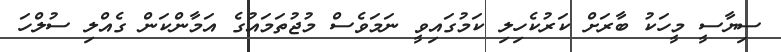
ސިޔާސީ މީހަކު ބާރަށް ކަރުކެހިލި ކަމުގައިވީ ނަމަވެސް މުޖުތަމައުގެ އަމާންކަން ގެއްލި ސުލްހަ